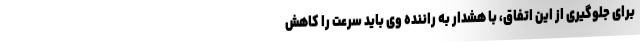
برای جلوگیری از این اتفاق، با هشدار به راننده وی باید سرعت را کاهش